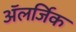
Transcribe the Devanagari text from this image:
अॅलर्जिक